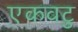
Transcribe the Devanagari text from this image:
एकवटु